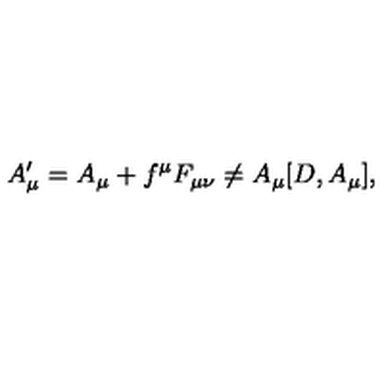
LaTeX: A _ { \mu } ^ { \prime } = A _ { \mu } + f ^ { \mu } F _ { \mu \nu } \not = A _ { \mu } [ D , A _ { \mu } ] ,